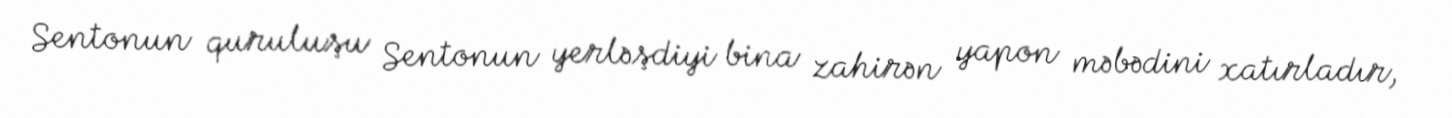
Sentonun quruluşu Sentonun yerləşdiyi bina zahirən yapon məbədini xatırladır,